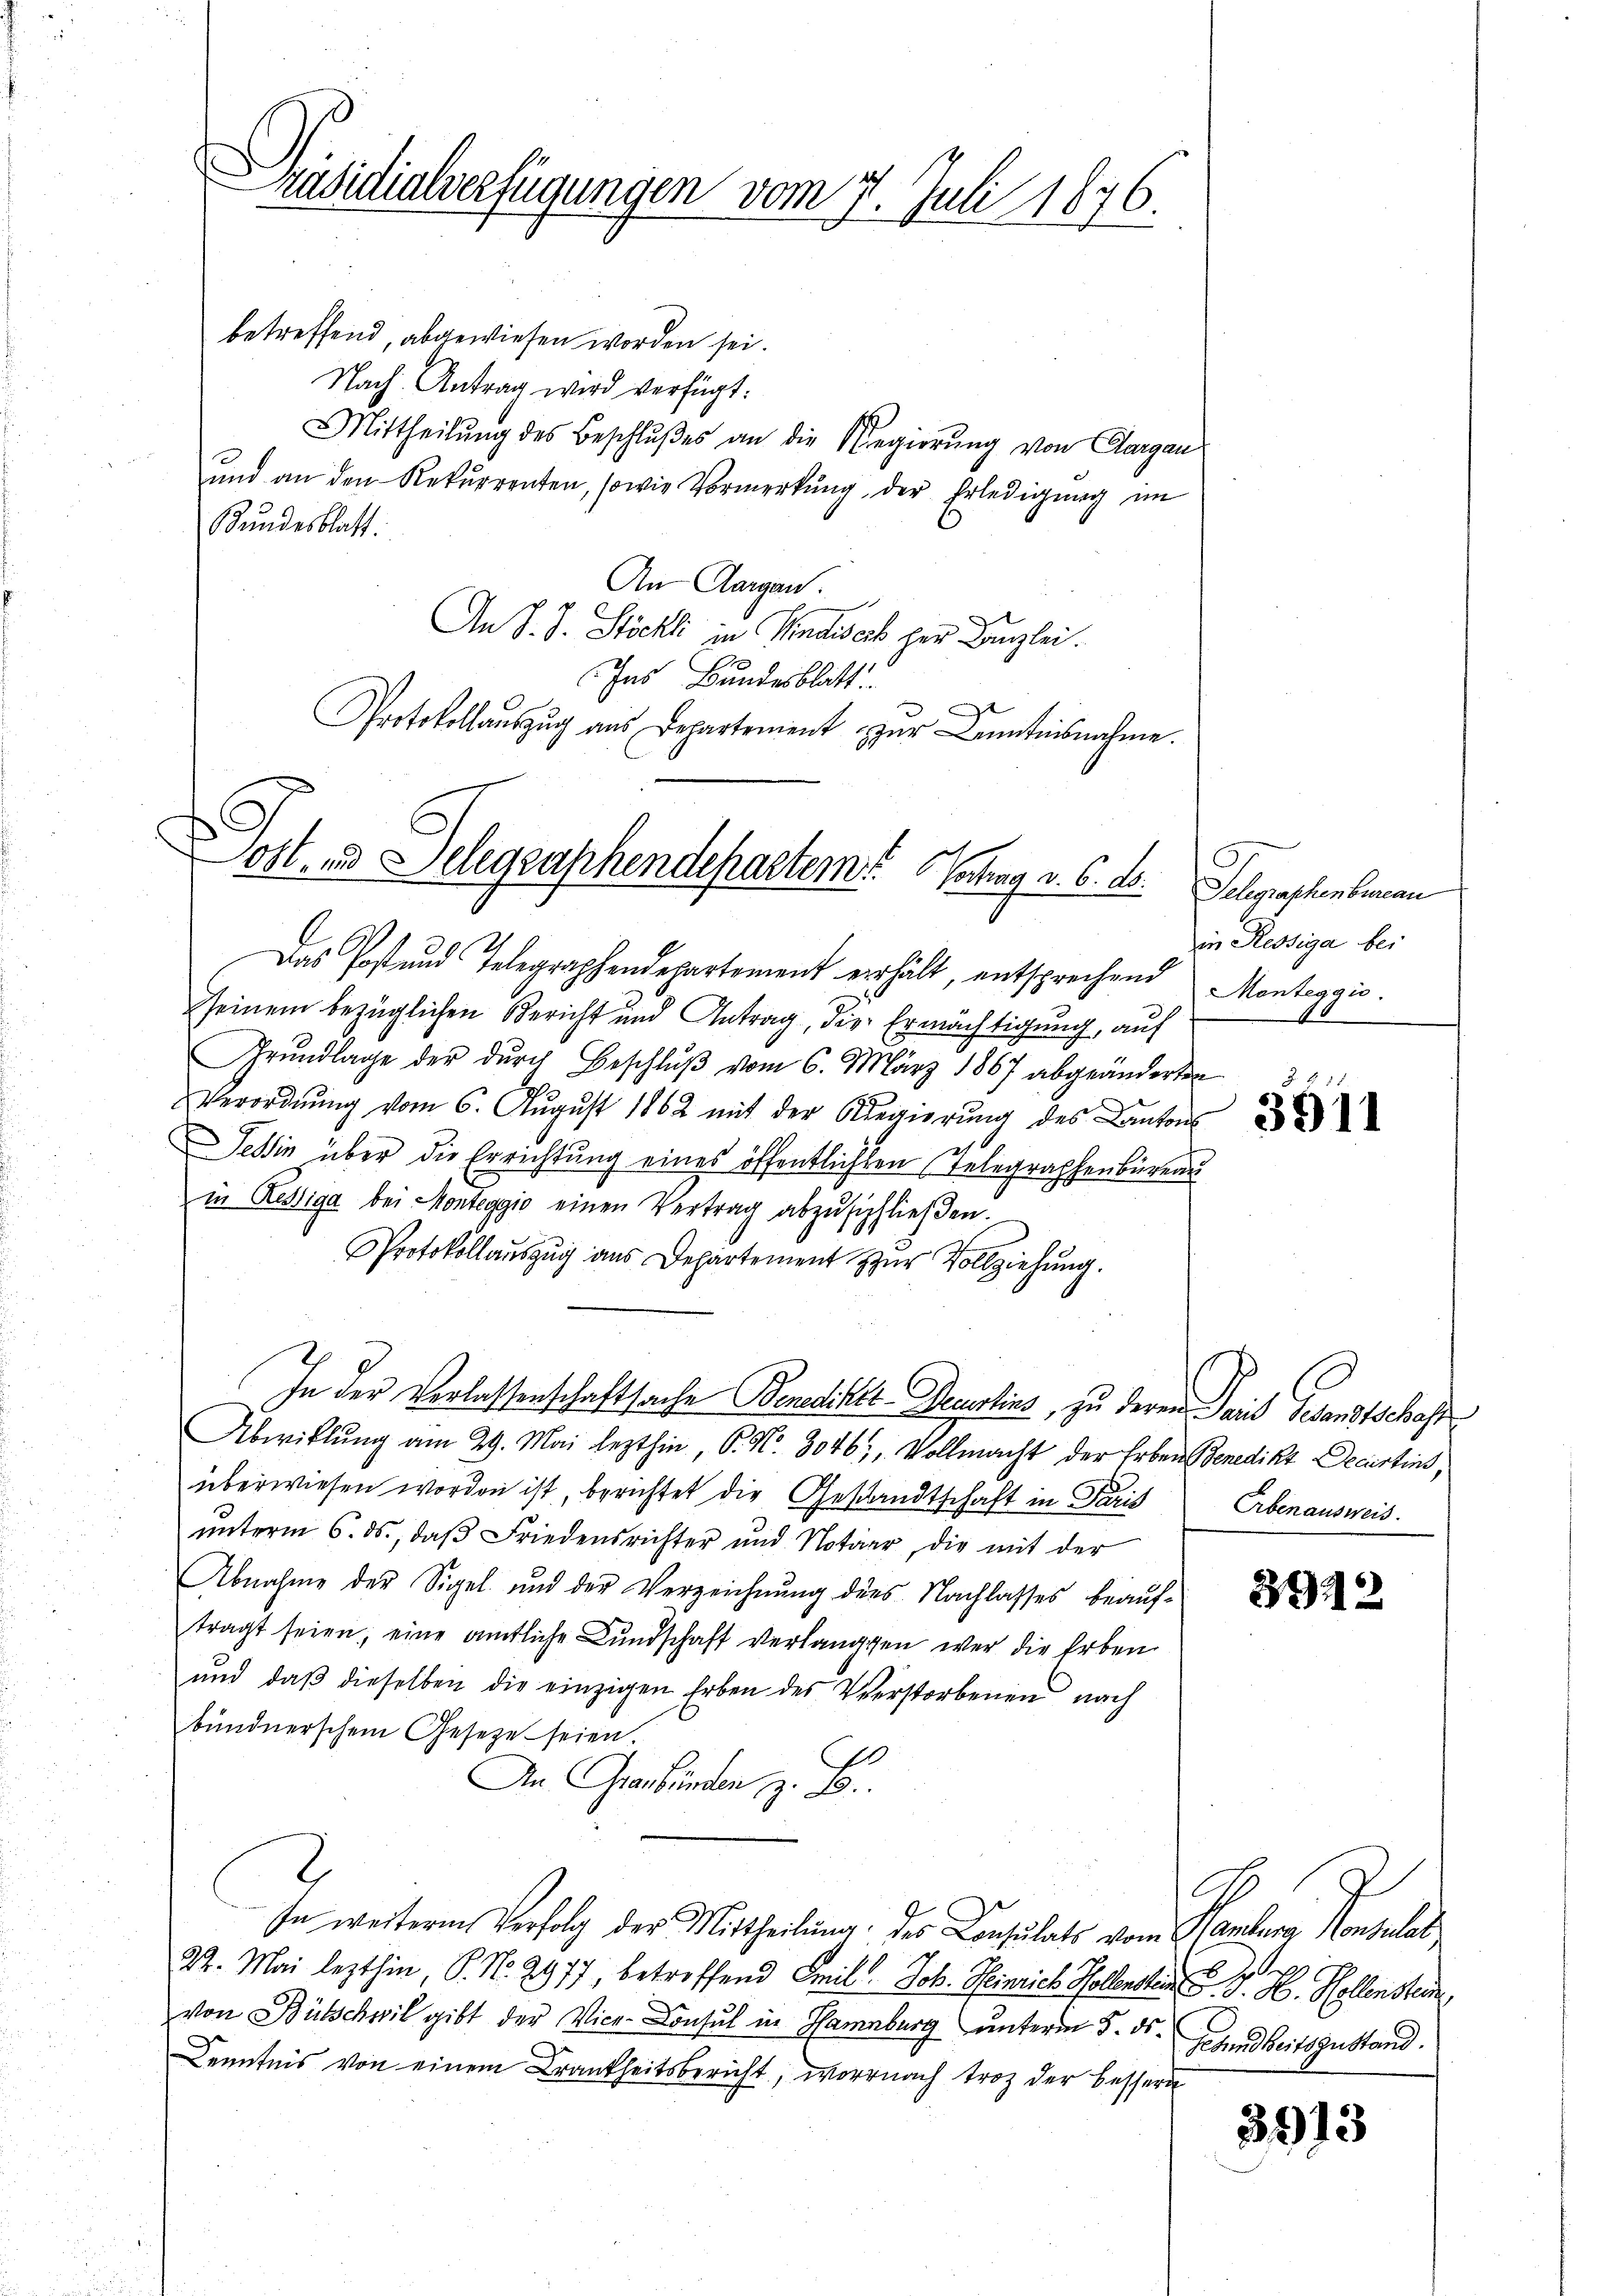
Präsidialverfügungen vom 7. Juli 1876.

ost- und Delegraphendepartem Schrag v. 6. ds. Gelegraphenbureau

betreffend, abgewiesen worden sei.
Nach Antrag wird verfügt:
Mittheilŭng des Beschlŭβes an die Regierŭng von Aargau
und an den Rekŭrrenten, sowie Vormerkŭng der Erledigung im
Bundesblatt
An Aargau.
An J. J. Stöckli in Vindisch per Canzlei.
Ins Bundesblatt
Protokollaŭszŭg ans Departement zur Kenntnisnahme.

Das Post und Telegraphendepartement erhält, entsprechend Monteggio
seinem bezüglichen Bericht und Antrag, die Ermächtigung, auf
Grŭndlage der dŭrch Beschlŭβ vom 6. März 1867 abgeänderten
Verordnŭng vom 6. Aŭgŭst 1862 mit der Regierŭng des Cantons
essin über die Errichtung eines öffentlichten Telegraphenbüreau
in Resiga bei Monteggio einen Vertrag abzuschließen.
Protokollauszug aus Departement zur Vollziehung.
In der Verlassenschaftsache Benediket-Deuerlins, zu deren Paris Gesandtschaft
Abwicklung am 29. Mai lezthin, 6. No. 3046; Vollmacht der Erben Benedikt Decurtins,
überwiesen worden ist, berichtet die Geschandtschaft in Paris Erbenausweis
unterm 6. ds., daß Friedensrichter und Notarr, die mit der
Abnahme der Sigel und der Verzeichnŭng des Nachlasses beaŭf-
tragt seien, eine amtliche Bundschaft verlangten wer die Erben
ŭnd daβ dieselben die einzigen Erben des Verstorbenen nach
bündnerschem Gesetze seien.
0
An Graubünden z. B.
C
In weiterem Verfolg der Mittheilung des Consulats vom Hamburg Konsulat
22. Mai lezthin, P. Nr. 2977, betreffend Emil Joh. Heinrich Polenstein P. G. H. Hellenstein
von Bütschwil gibt der Vice-Consul in Hamburg unterm 5. ds.
Kenntnis von einem Krankheitsbericht, wornach trotz der bessern

in Ressiga bei

3511

3912

Gesundheitszustand.

3913